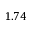
1 . 7 4